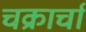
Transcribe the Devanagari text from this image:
चक्रार्चा